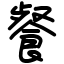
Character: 餐